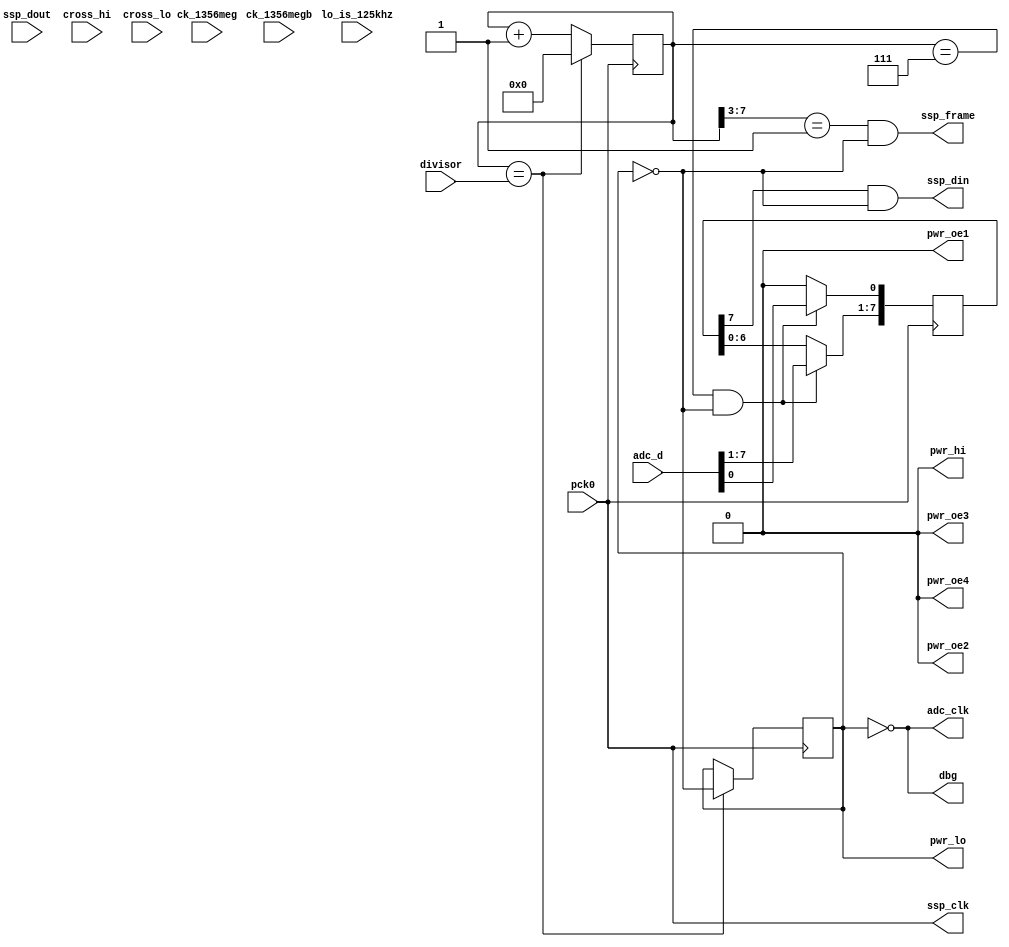
module lo_read_1(
    pck0, ck_1356meg, ck_1356megb,
    pwr_lo, pwr_hi, pwr_oe1, pwr_oe2, pwr_oe3, pwr_oe4,
    adc_d, adc_clk,
    ssp_frame, ssp_din, ssp_dout, ssp_clk,
    cross_hi, cross_lo,
    dbg,
    lo_is_125khz, divisor
);
    input pck0, ck_1356meg, ck_1356megb;
    output pwr_lo, pwr_hi, pwr_oe1, pwr_oe2, pwr_oe3, pwr_oe4;
    input [7:0] adc_d;
    output adc_clk;
    input ssp_dout;
    output ssp_frame, ssp_din, ssp_clk;
    input cross_hi, cross_lo;
    output dbg;
    input lo_is_125khz; 
    input [7:0] divisor;
reg [7:0] to_arm_shiftreg;
reg [7:0] pck_divider;
reg ant_lo;
always @(posedge pck0)
begin
	if(pck_divider == divisor[7:0])
		begin
			pck_divider <= 8'd0;
			ant_lo = !ant_lo;
		end
	else
	begin
		pck_divider <= pck_divider + 1;
	end
end
always @(posedge pck0)
begin
	if((pck_divider == 8'd7) && !ant_lo)
        to_arm_shiftreg <= adc_d;
    else
	begin
        to_arm_shiftreg[7:1] <= to_arm_shiftreg[6:0];
        to_arm_shiftreg[0] <= 1'b0;
	end
end
assign ssp_din = to_arm_shiftreg[7] && !ant_lo;
assign ssp_clk = pck0;
assign ssp_frame = (pck_divider[7:3] == 5'd1) && !ant_lo;
assign pwr_hi = 1'b0;
assign pwr_oe1 = 1'b0;
assign pwr_oe2 = 1'b0;
assign pwr_oe3 = 1'b0;
assign pwr_oe4 = 1'b0;
assign pwr_lo = ant_lo;
assign adc_clk = ~ant_lo;
assign dbg = adc_clk;
endmodule